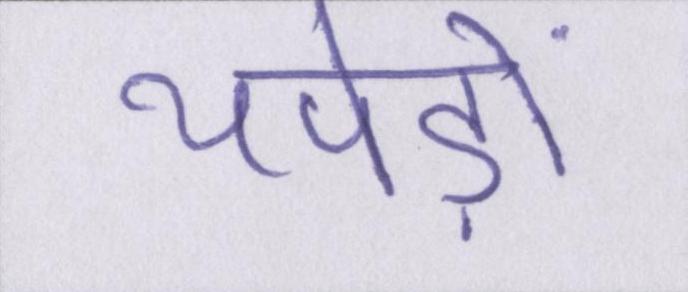
थपेड़ों